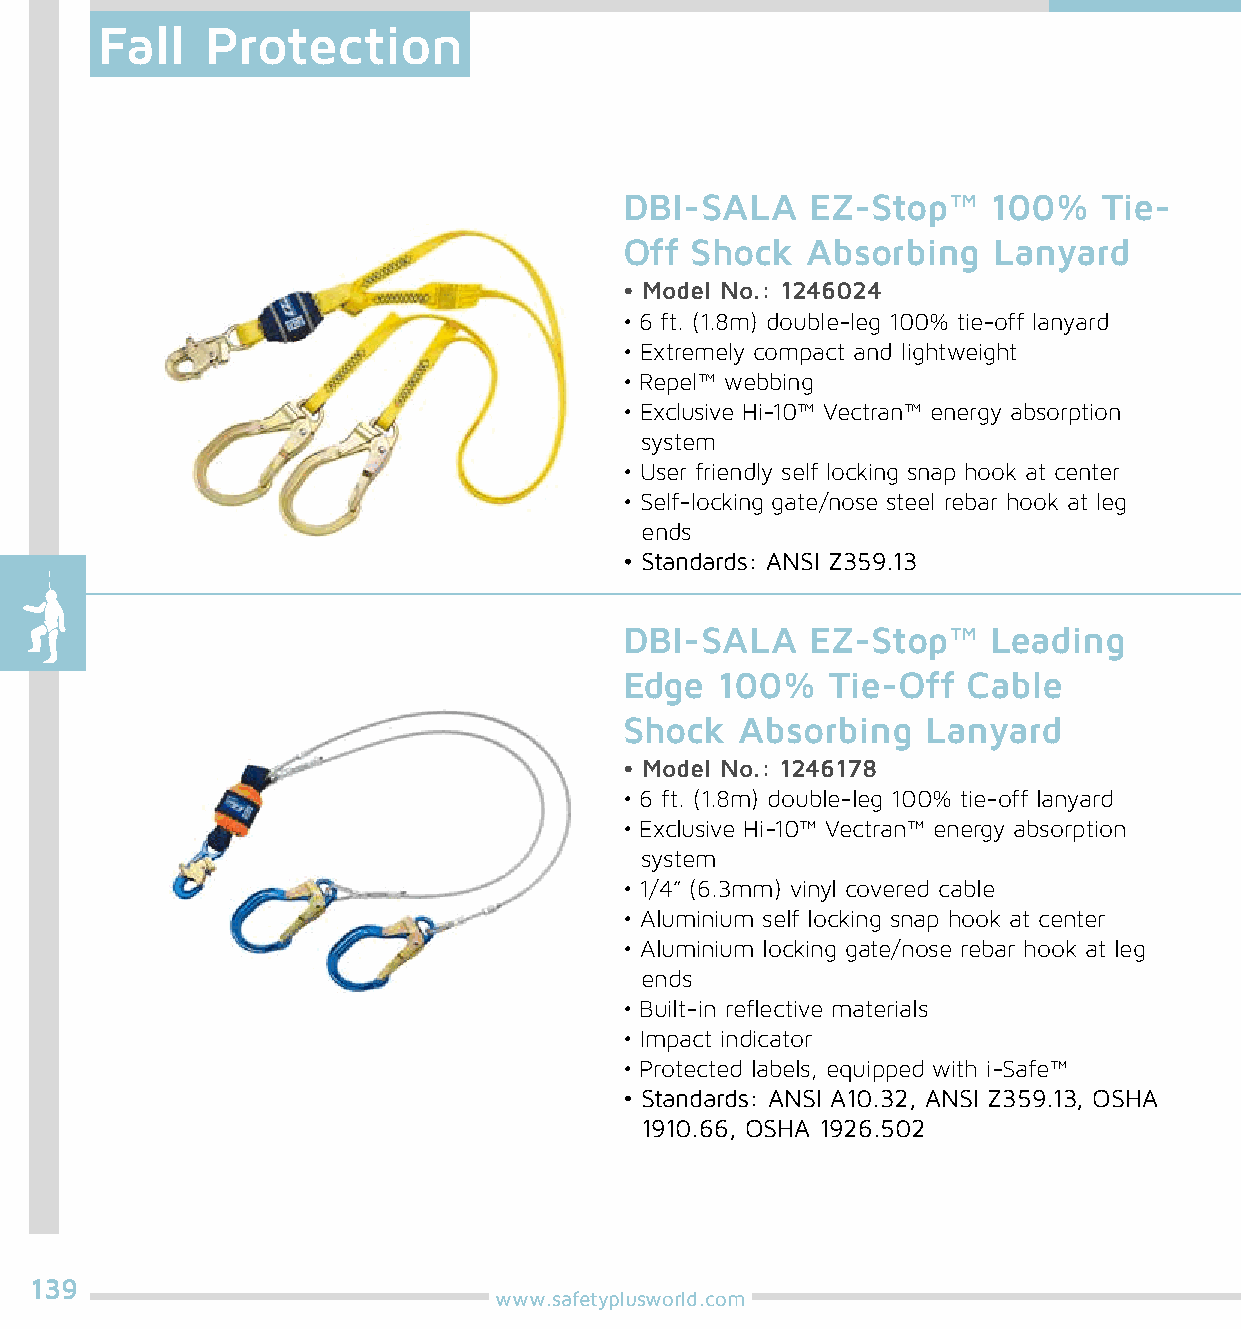
Fall    Protection
 DBI-SALA     EZ-Stop™    100%   Tie-
 Off  Shock  Absorbing    Lanyard
 • Model No.: 1246024
 • 6 ft. (1.8m) double-leg 100% tie-off lanyard
 • Extremely compact and lightweight
 • Repel™ webbing
 • Exclusive Hi-10™ Vectran™ energy absorption
 system
 • User friendly self locking snap hook at center
 • Self-locking gate/nose steel rebar hook at leg
 ends
 • Standards: ANSI Z359.13
 DBI-SALA     EZ-Stop™    Leading
 Edge   100%   Tie-Off  Cable
 Shock   Absorbing   Lanyard
 • Model No.: 1246178
 • 6 ft. (1.8m) double-leg 100% tie-off lanyard
 • Exclusive Hi-10™ Vectran™ energy absorption
 system
 • 1/4” (6.3mm) vinyl covered cable
 • Aluminium self locking snap hook at center
 • Aluminium locking gate/nose rebar hook at leg
 ends
 • Built-in reflective materials
 • Impact indicator
 • Protected labels, equipped with i-Safe™
 • Standards: ANSI A10.32, ANSI Z359.13, OSHA
 1910.66, OSHA 1926.502
 139
 www.safetyplusworld.com